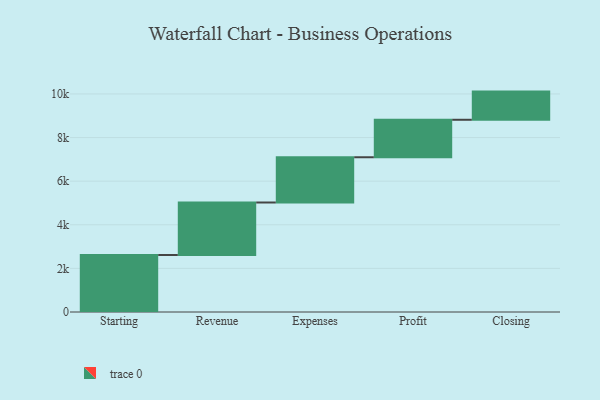
{"axis": {"x": "Step", "y": "Value"}, "legend": [""], "data": [{"x": "Starting", "y": 2613.0, "type": ""}, {"x": "Revenue", "y": 2409.0, "type": ""}, {"x": "Expenses", "y": 2075.0, "type": ""}, {"x": "Profit", "y": 1719.0, "type": ""}, {"x": "Closing", "y": 1292.0, "type": ""}]}